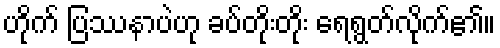
ဟိုက် ပြဿနာပဲဟု ခပ်တိုးတိုး ရေရွတ်လိုက်၏။